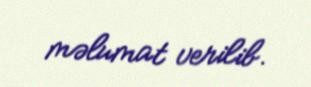
məlumat verilib.